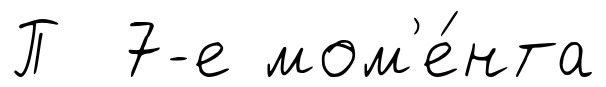
П 7-е мом'е́нта